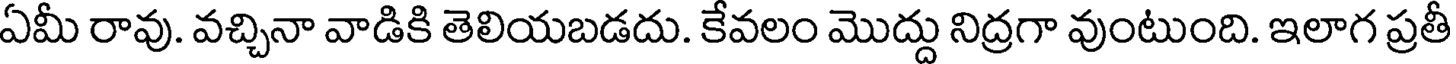
ఏమీ రావు. వచ్చినా వాడికి తెలియబడదు. కేవలం మొద్దు నిద్రగా వుంటుంది. ఇలాగ ప్రతీ